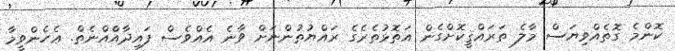
ކޮންމެ ގޮތެއްވިޔަސް މާލެ ތަރައްޤީކޮށްގެން އަތޮޅުތެރެގެ ރައްޔުތުންނަަށް ވާނެ އެއްވެސް ފައިދާއެްްއްނެތް. ޢެހެންވީމާ